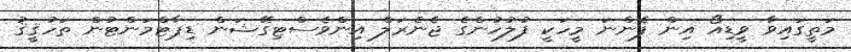
މަތީގައިވާ ވީޑިއޯ އިން ފެންނަ މީހަކީ ފުލުހުންގެ ޖެނެރަލް އިންވެސްޓިގޭޝަން ޑިޕާޓްމަންޓުން ތަހުޤީޤު